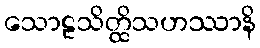
သောဠသိတ္ထိသဟဿာနိ